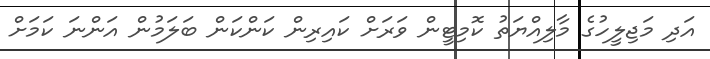
އަދި މަޖިލީހުގެ މާލިއްޔަތު ކޮމިޓީން ވަރަށް ކައިރިން ކަންކަން ބަލަމުން އަންނަ ކަމަށް